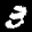
Label: 3